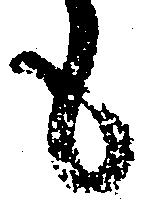
も